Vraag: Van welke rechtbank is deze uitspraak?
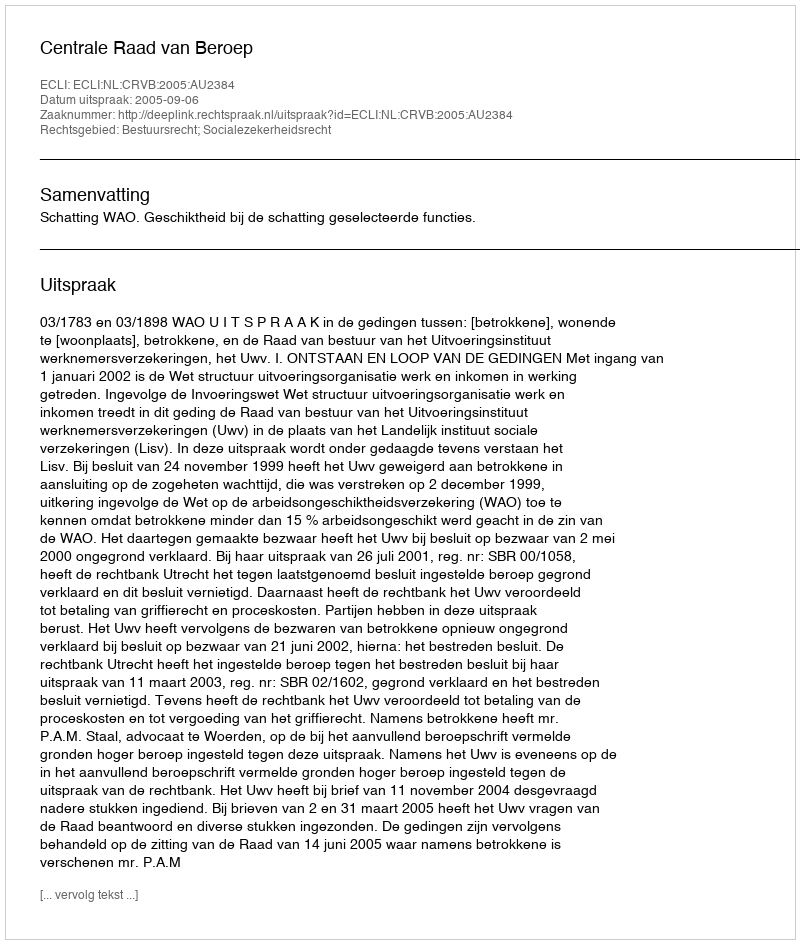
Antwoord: Centrale Raad van Beroep